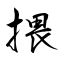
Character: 揋